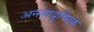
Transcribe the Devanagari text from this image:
अनयादृच्छिक